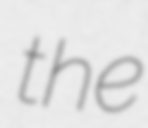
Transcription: the